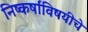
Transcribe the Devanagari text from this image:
निष्कर्षांविषयीचे